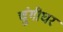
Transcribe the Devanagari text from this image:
चुंगीघर